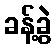
ခန့်ခွဲ